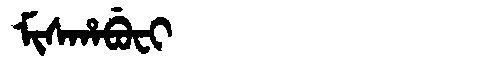
Manchu: ᠮᡳᠰᡥᠠᠪᡠᠸᡳ
Romanization: MISHABUFI